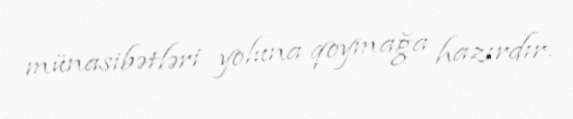
münasibətləri yoluna qoymağa hazırdır.